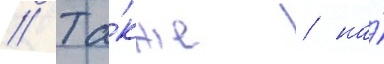
// Та́кже / на́